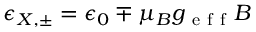
\epsilon _ { X , \pm } = \epsilon _ { 0 } \mp \mu _ { B } g _ { \mathrm { ~ e ~ f ~ f ~ } } B